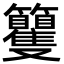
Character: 籰